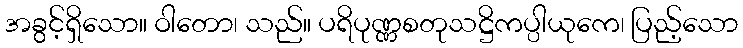
အခွင့်ရှိသော။ ဝါတော၊ သည်။ ပရိပုဏ္ဏစတုသဋ္ဌိကပ္ပါယုကေ၊ ပြည့်သော